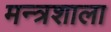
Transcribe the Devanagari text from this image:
मन्त्रशाला